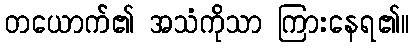
တယောက်၏ အသံကိုသာ ကြားနေရ၏။